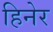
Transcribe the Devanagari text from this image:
हिनेर